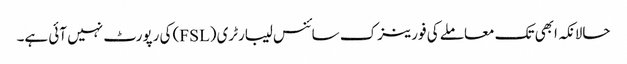
حالانکہ ابھی تک معاملے کی فورینزک سائنس لیبارٹری (FSL) کی رپورٹ نہیں آئی ہے۔